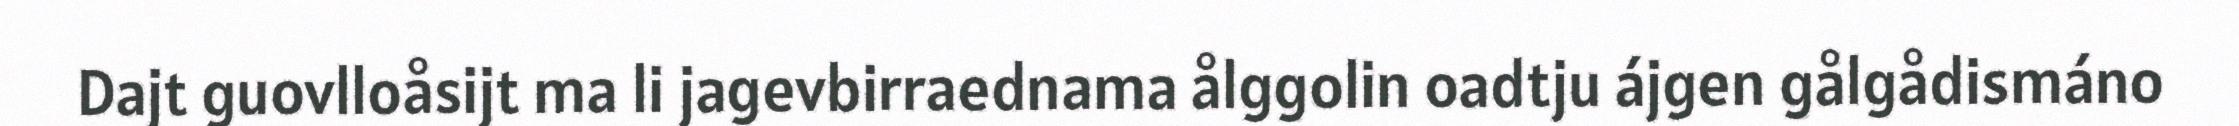
Dajt guovlloåsijt ma li jagevbirraednama ålggolin oadtju ájgen gålgådismáno